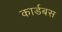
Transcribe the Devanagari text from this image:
कार्डबस